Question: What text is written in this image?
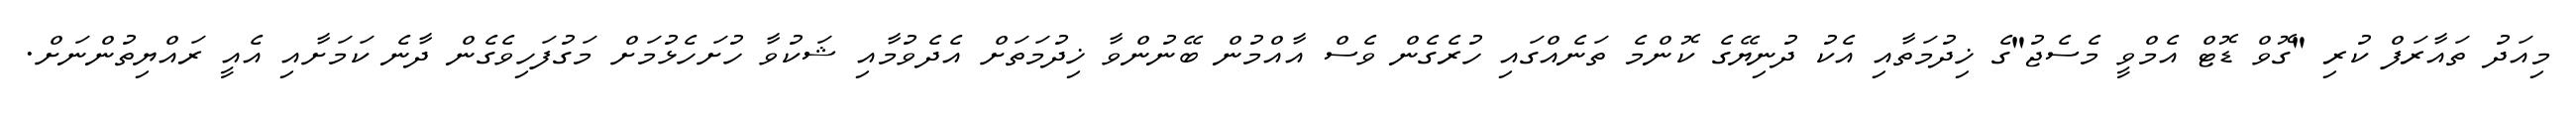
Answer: މިއަދު ތައާރަފް ކުރި "ގޮވް ޑޮޓް އެމްވީ މެސެޖު"ގެ ޚިދުމަތާއި އެކު ދުނިޔޭގެ ކޮންމެ ތަނެއްގައި ހުރެގެން ވެސް އާއްމުން ބޭނުންވާ ޚިދުމަތަށް އެދެވުމާއި ޝަކުވާ ހުށަހެޅުމަށް މަގުފަހިވެގެން ދާނެ ކަމަށާއި އެއީ ރައްޔިތުންނަށް.